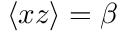
\langle x z \rangle = \beta